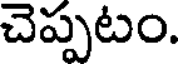
చెప్పటం.